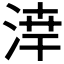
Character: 𪶗